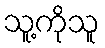
သူ့ကိုသူ